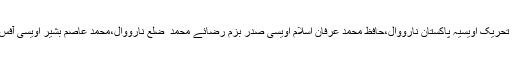
اس موقعہ پر چوہدری محمد یعقوب اویسی ایڈووکیٹ ضلعی صدر تحریک اویسیہ پاکستان نارووال،حافظ محمد عرفان اسلام اویسی صدر بزم رضائے محمد ۖ ضلع نارووال،محمد عاصم بشیر اویسی آفس سیکرٹری TOP،محمد محسن اویسی اور دیگر بھی موجود تھے۔